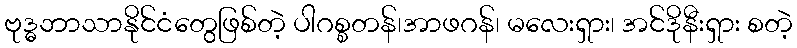
ဗုဒ္ဓဘာသာနိုင်ငံတွေဖြစ်တဲ့ ပါဂစ္စတန်၊အာဖဂန်၊ မလေးရှား၊ အင်ဒိုနီးရှား စတဲ့